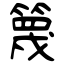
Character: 篾